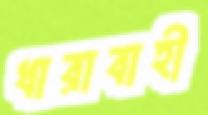
ধারাবাহী